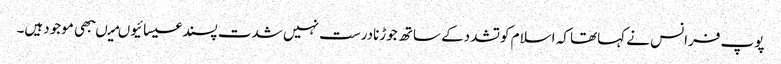
پوپ فرانس نے کہاتھا کہ اسلام کوتشددکے ساتھ جوڑنادرست نہیں شدت پسندعیسائیوںمیںبھی موجودہیں۔